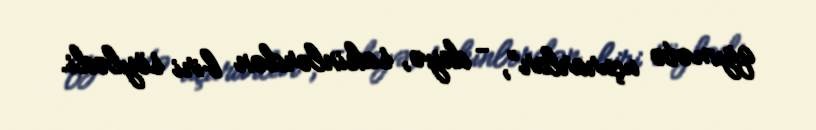
qiymətə uçurarlar”, - deyə, sakinlərdən biri söylədi.